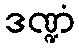
ဒဏ္ဍံ